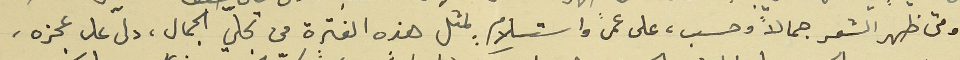
ومتى ظهر الشعر جمالاً وحسب، على عمىً واستسلام. بمثل هذه الفترة من تجلّي الجمال، دلّ على عجزه،